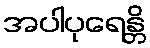
အပါပုရေန္တိ